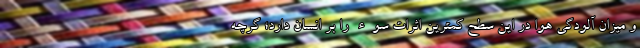
و میزان آلودگی هوا در این سطح کمترین اثرات سوء را بر انسان دارد؛ گرچه